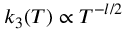
k _ { 3 } ( T ) \propto T ^ { - l / 2 }